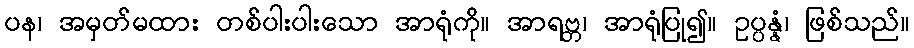
ပန၊ အမှတ်မထား တစ်ပါးပါးသော အာရုံကို။ အာရဗ္ဘ၊ အာရုံပြု၍။ ဥပ္ပန္နံ၊ ဖြစ်သည်။